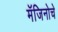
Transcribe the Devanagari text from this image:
मॅजिनोचे